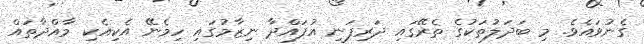
ގެނުވައެވެ. މި ބަދަލުތަކުގެ ތެރޭގައި ދަރިފަނި އުފައްދާ ނިޒާމުގައި ހިމެނޭ އެކިއެކި މާއްދާތައް